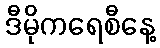
ဒီမိုကရေစီနေ့